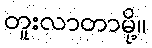
တူးလာတာမို့။